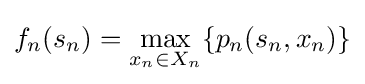
f_{n}(s_{n})=\max _{x_{n}\in X_{n}}\{p_{n}(s_{n},x_{n})\}